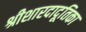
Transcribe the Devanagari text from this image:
श्रीशारदादूतिका